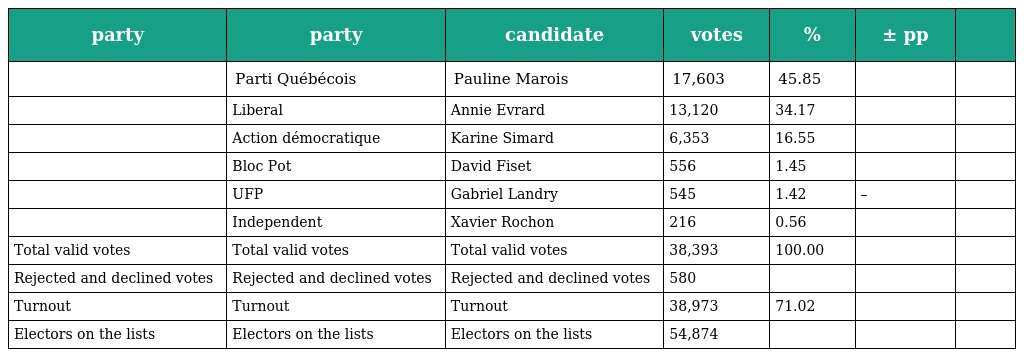
| party | party | candidate | votes | % | ± pp |  |
 | --- | --- | --- | --- | --- | --- | --- |
 |  | Parti Québécois | Pauline Marois | 17,603 | 45.85 |  |  |
 |  | Liberal | Annie Evrard | 13,120 | 34.17 |  |  |
 |  | Action démocratique | Karine Simard | 6,353 | 16.55 |  |  |
 |  | Bloc Pot | David Fiset | 556 | 1.45 |  |  |
 |  | UFP | Gabriel Landry | 545 | 1.42 | – |  |
 |  | Independent | Xavier Rochon | 216 | 0.56 |  |  |
 | Total valid votes | Total valid votes | Total valid votes | 38,393 | 100.00 |  |  |
 | Rejected and declined votes | Rejected and declined votes | Rejected and declined votes | 580 |  |  |  |
 | Turnout | Turnout | Turnout | 38,973 | 71.02 |  |  |
 | Electors on the lists | Electors on the lists | Electors on the lists | 54,874 |  |  |  |